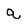
Character: q